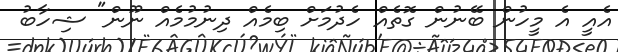
އެއީ އެ މީހުން ބޭނުން ގޮތެއް ހެދުމަށް ބިމެއް ދިނުމުމެއް ނޫން" ޝިހާބު